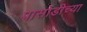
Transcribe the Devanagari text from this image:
पासोडीच्या